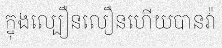
ក្នុងល្បឿនលឿនហើយបានវ៉ា